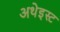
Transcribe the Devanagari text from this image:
अथेइस्ट